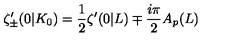
\zeta _ { \pm } ^ { \prime } ( 0 | K _ { 0 } ) = \frac { 1 } { 2 } \zeta ^ { \prime } ( 0 | L ) \mp \frac { i \pi } { 2 } A _ { p } ( L )